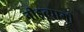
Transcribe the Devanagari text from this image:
नीड़त्यागी